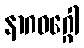
နာဂဝဂ္ဂေါ